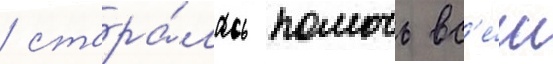
/ стара́лась помочь вс'е́м